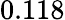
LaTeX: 0.118